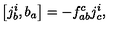
\left[ j _ { b } ^ { i } , b _ { a } \right] = - f _ { a b } ^ { c } j _ { c } ^ { i } ,